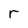
Character: r